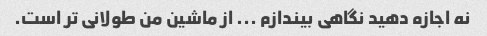
نه اجازه دهید نگاهی بیندازم ... از ماشین من طولانی تر است.